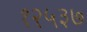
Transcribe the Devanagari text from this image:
१२५३७